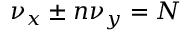
\nu _ { x } \pm n \nu _ { y } = N